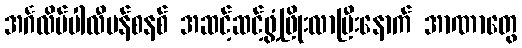
အင်္ဂလိပ်ပါလီမန်စနစ် အဆင့်ဆင့်ဖွံ့ဖြိုးလာပြီးနောက် အာဏာတွေ